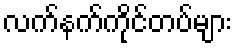
လက်နက်ကိုင်တပ်များ